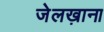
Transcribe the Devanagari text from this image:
जेलख़ाना